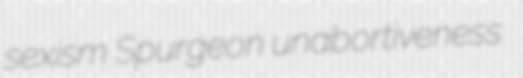
sexism Spurgeon unabortiveness